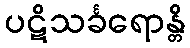
ပဋိသင်္ခရောန္တိ